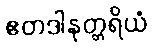
ဧတဒါနုတ္တရိယံ